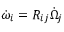
\dot { \omega } _ { i } = R _ { i j } \dot { \Omega } _ { j }